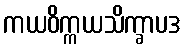
ကယဝိက္ကယသိက္ခာပဒ